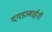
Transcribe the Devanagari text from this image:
दगडाबाईनी